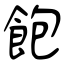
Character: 飽